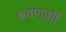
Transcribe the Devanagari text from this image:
श्रवणार्थी